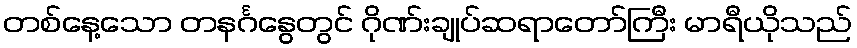
တစ်နေ့သော တနင်္ဂနွေတွင် ဂိုဏ်းချုပ်ဆရာတော်ကြီး မာရီယိုသည်